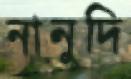
নানুদি